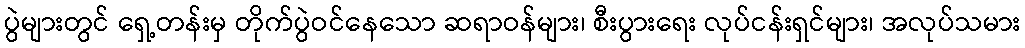
ပွဲများတွင် ရှေ့တန်းမှ တိုက်ပွဲဝင်နေသော ဆရာဝန်များ၊ စီးပွားရေး လုပ်ငန်းရှင်များ၊ အလုပ်သမား